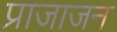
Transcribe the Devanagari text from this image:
प्राजाजन